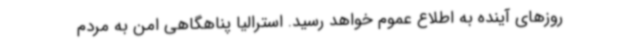
روزهای آینده به اطلاع عموم خواهد رسید. استرالیا پناهگاهی امن به مردم